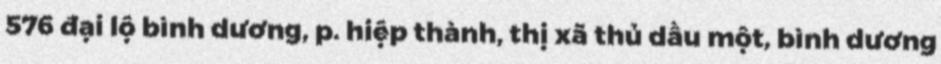
576 đại lộ bình dương, p. hiệp thành, thị xã thủ dầu một, bình dương